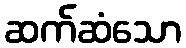
ဆက်ဆံသော